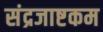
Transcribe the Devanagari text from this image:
संद्रजाष्टकम